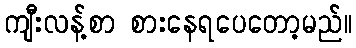
ကျီးလန့်စာ စားနေရပေတော့မည်။